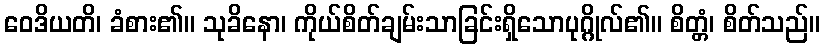
ဝေဒိယတိ၊ ခံစား၏။ သုခိနော၊ ကိုယ်စိတ်ချမ်းသာခြင်းရှိသောပုဂ္ဂိုလ်၏။ စိတ္တံ၊ စိတ်သည်။